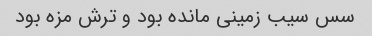
سس سیب زمینی مانده بود و ترش مزه بود